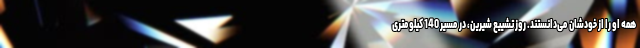
همه او را از خودشان می‌دانستند. روز تشییع شیرین، در مسیر 140 کیلومتری